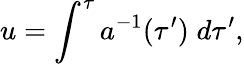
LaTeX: u=\int^{\tau}a^{-1}(\tau^{\prime})\; d\tau^{\prime},